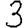
Digit: 3